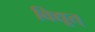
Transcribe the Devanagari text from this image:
विद्यूत्‌